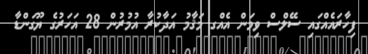
ފިހާރައެއްގައި ސޭލްސް ވިމަން އެއްގ މަަޤާމު އަދާކުރާ އުމުރުން 28 އަަހަރުގެ ޔޫގަންޑާ